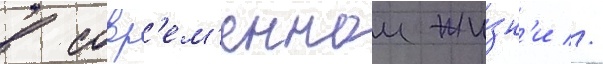
в совр'ем'еннои жи́зн'и //